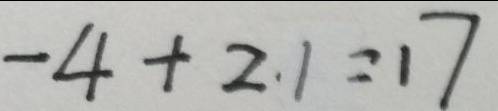
- 4 + 2 . 1 = 1 7